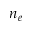
n _ { e }